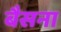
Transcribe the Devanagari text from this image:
बैसना